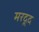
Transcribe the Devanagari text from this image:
मरदूद